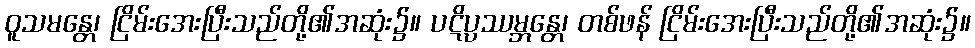
ဝူသမန္တေ၊ ငြိမ်းအေးပြီးသည်တို့၏အဆုံး၌။ ပဋိပ္ပဿမ္ဘန္တေ၊ တစ်ဖန် ငြိမ်းအေးပြီးသည်တို့၏အဆုံး၌။